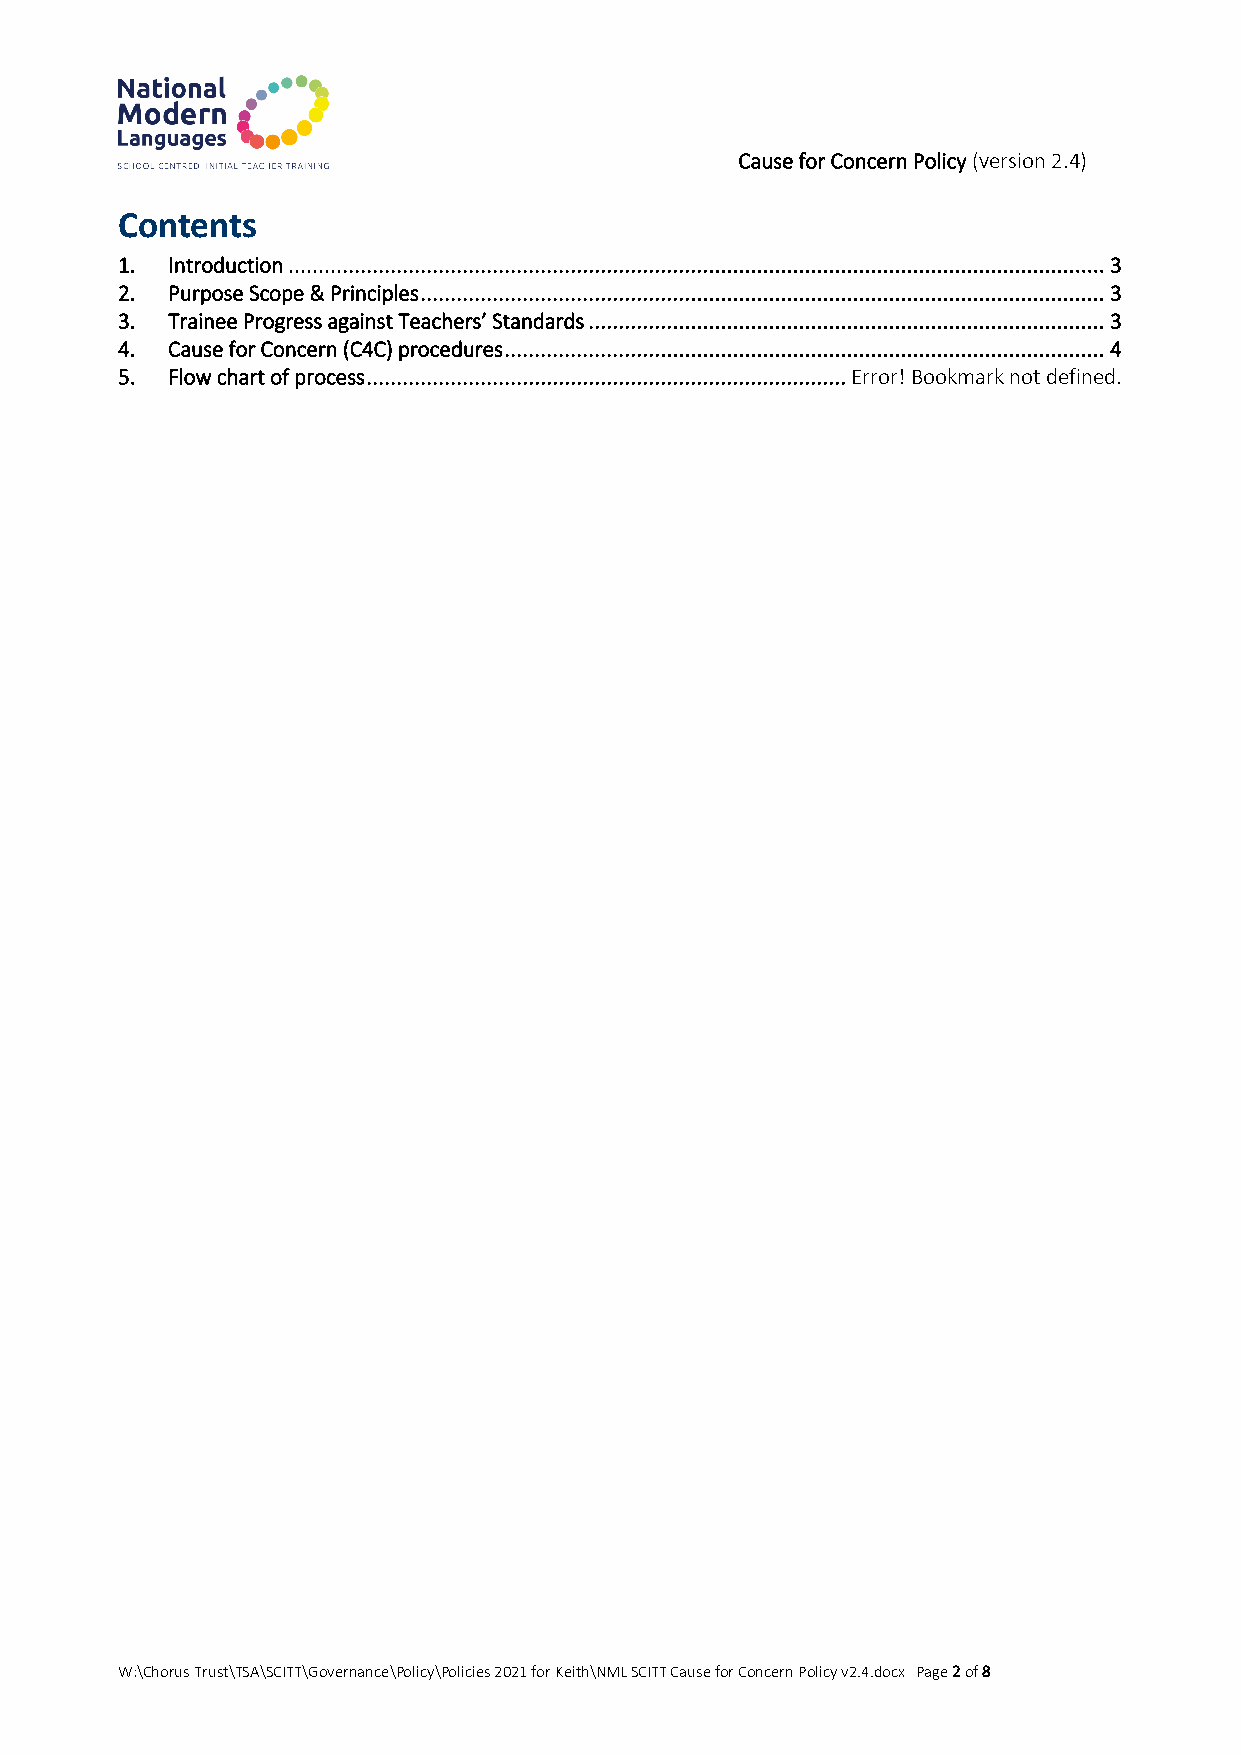
Cause for Concern Policy (version 2.4)
 Contents
 1. Introduction ........................................................................................................................................ 3
 2. Purpose Scope & Principles .................................................................................................................. 3
 3. Trainee Progress against Teachers’ Standards ...................................................................................... 3
 4. Cause for Concern (C4C) procedures .................................................................................................... 4
 5. Flow chart of process ................................................................................ Error! Bookmark not defined.
 W:\Chorus Trust\TSA\SCITT\Governance\Policy\Policies 2021 for Keith\NML SCITT Cause for Concern Policy v2.4.docx Page 2 of 8